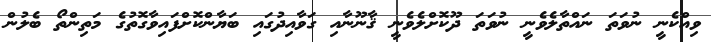
ވިއްކެނީ ނުވަތަ ނައްތާލެވެނީ ނުވަތަ ދޫކޮށްލެވެނީ ޤާނޫނާއި ގަވާއިދުގައި ބަޔާންކޮށްފައިވާގޮތުގެ މަތިންތޯ ބެލުން